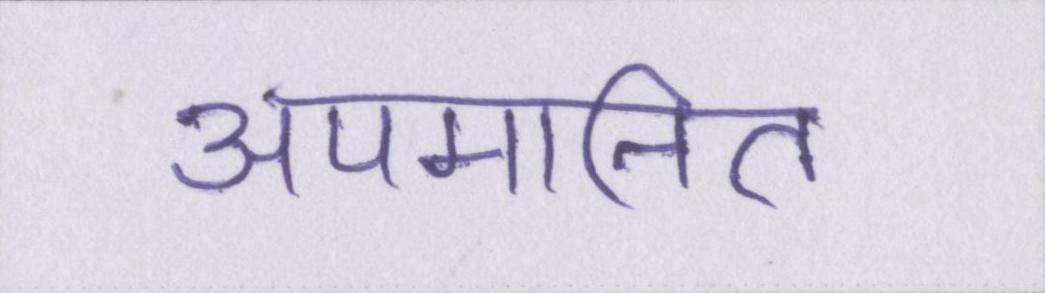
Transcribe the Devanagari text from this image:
अपमानित